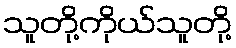
သူတို့ကိုယ်သူတို့